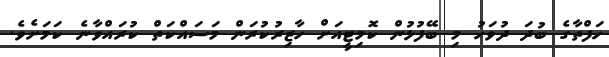
ހަފްތާގެ ބުދަ ދުވަހު މި ބޭފުޅުން ކޮމިޓީއަށް ހާޒިރުކުރަން މަސައްކަތް ކުރައްވާނެ ކަމަށެވެ.